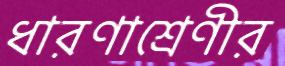
ধারণাশ্রেণীর